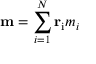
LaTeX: \mathbf { m } = \sum _ { i = 1 } ^ { N } \mathbf { r } _ { \mathrm { i } } m _ { i }